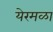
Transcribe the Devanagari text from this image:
येरमळा